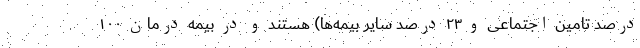
درصد تامین اجتماعی و ۲۳ درصد سایر بیمه‌ها) هستند و در بیمه درمان ۱۰۰